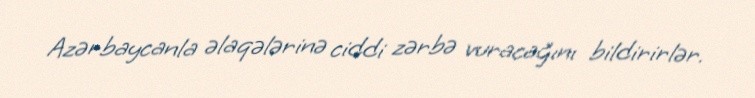
Azərbaycanla əlaqələrinə ciddi zərbə vuracağını bildirirlər.